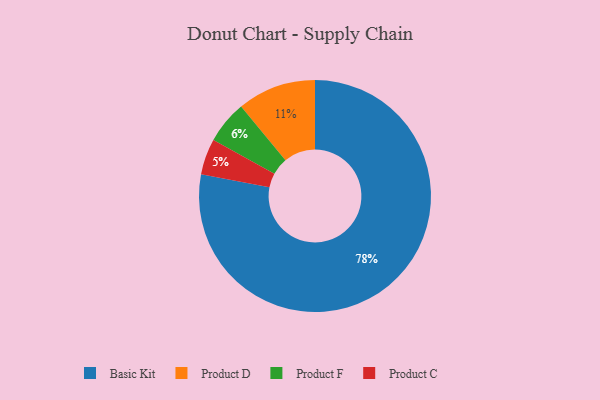
{"axis": {"x": "Category", "y": "Percentage"}, "legend": ["Basic Kit", "Product C", "Product D", "Product F"], "data": [{"x": "Product C", "y": 5, "type": "Product C"}, {"x": "Product F", "y": 6, "type": "Product F"}, {"x": "Product D", "y": 11, "type": "Product D"}, {"x": "Basic Kit", "y": 78, "type": "Basic Kit"}]}